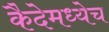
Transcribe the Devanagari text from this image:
कैदेमध्येच